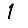
Digit: 1